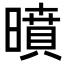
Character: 𭧥